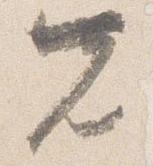
先